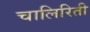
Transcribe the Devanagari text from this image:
चालिरिती